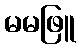
မမဖြူ